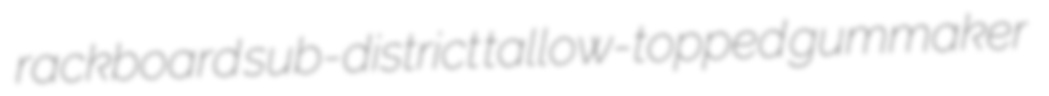
rackboard sub-district tallow-topped gummaker